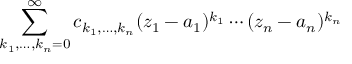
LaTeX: \sum _ { k _ { 1 } , \dots , k _ { n } = 0 } ^ { \infty } c _ { k _ { 1 } , \dots , k _ { n } } ( z _ { 1 } - a _ { 1 } ) ^ { k _ { 1 } } \cdots ( z _ { n } - a _ { n } ) ^ { k _ { n } }